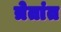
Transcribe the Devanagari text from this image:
त्रेतांत